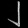
Digit: ၂